Indian journal of veterinary science and animal husbandry - Volumes 15-17, 1948-1951
Year: 1948
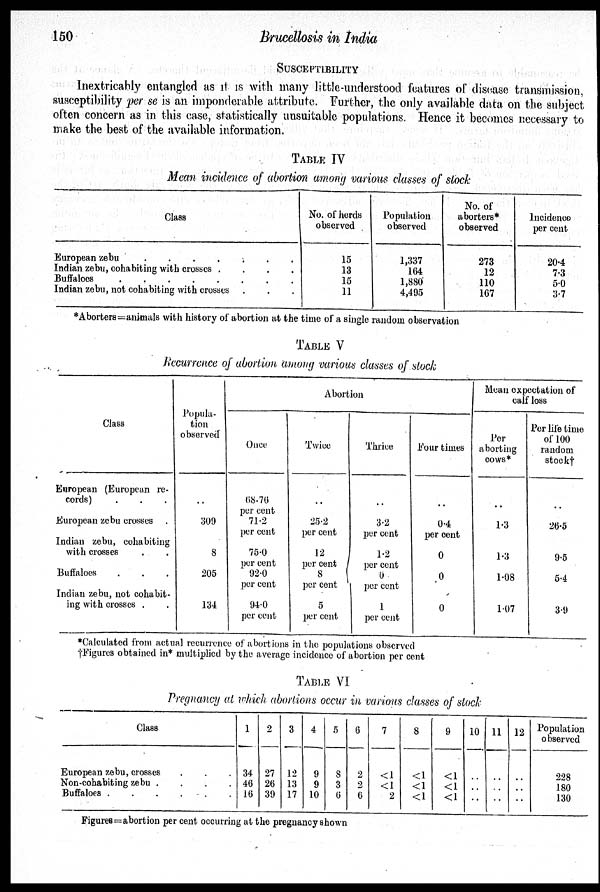
150
Brucellosis in India
SUSCEPTIBILITY
Inextricably entangled as it is with many little-understood features of disease transmission,
susceptibility per se is an imponderable attribute. Further, the only available data on the subject
often concern as in this case, statistically unsuitable populations. Hence it becomes necessary to
make the best of the available information.
TABLE IV
Mean incidence of abortion among various classes of stock
Class
European zebu
.
.
.
.
.
.
.
Indian zebu, cohabiting with crosses .
.
.
.
Buffaloes . . . . . . . .
Indian zebu, not cohabiting with crosses . . .
No. of herds
observed
15
13
15
11
Population
observed
1,337
164
1,880
4,495
No. of
aborters*
observed
273
12
110
167
Incidence
per cent
20.4
7.3
5.0
3.7
*Aborters=animals with history of abortion at the time of a single random observation
TABLE V
Recurrence of abortion among various classes of stock
Class
European (European re-
cords)
.
.
.
European zebu crosses .
Indian zebu, cohabiting
with crosses
.
.
Buffaloes . . .
Indian zebu, not cohabit-
ing with crosses .
.
Popula-
tion
observed
..
309
8
205
134
Abortion
Once
68.76
per cent
71.2
per cent
75.0
per cent
92.0
per cent
94.0
per cent
Twice
..
25.2
per cent
12
per cent
8
per cent
5
per cent
Thrice
..
3.2
per cent
1.2
per cent
0
per cent
1
per cent
Four times
..
0.4
per cent
0
0
0
Mean expectation of
calf loss
Per
aborting
cows*
..
1.3
1.3
1.08
1.07
Per life time
of 100
random
stock†
..
26.5
9.5
5.4
3.9
*Calculated from actual recurrence of abortions in the populations observed
†Figures obtained in* multiplied by the average incidence of abortion per cent
TABLE VI
Pregnancy at which abortions occur in various classes of stock
Class
European zebu, crosses . . .
Non-cohabiting zebu .
.
.
.
Buffaloes
.
.
.
.
.
.
1
34
46
16
2
27
26
39
3
12
13
17
4
9
9
10
5
8
3
6
6
2
2
6
7
<1
<1
2
8
<1
<1
<1
9
<1
<1
<1
10
..
..
..
11
..
..
..
12
..
..
..
Population
observed
228
180
130
Figures=abortion per cent occurring at the pregnancy shown